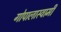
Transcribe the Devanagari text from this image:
गोपालास्वामी